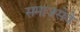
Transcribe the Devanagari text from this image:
समाजसेवे